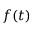
f ( t )